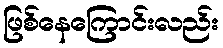
ဖြစ်နေကြောင်းလည်း